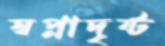
স্বপ্নাদৃষ্ট